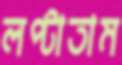
লপ্‌টাতাম